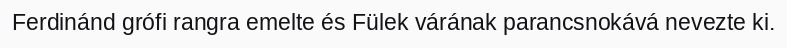
Ferdinánd grófi rangra emelte és Fülek várának parancsnokává nevezte ki.